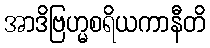
အာဒိဗြဟ္မစရိယကာနီတိ